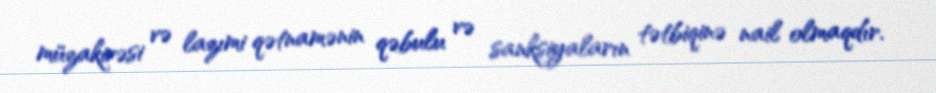
müzakirəsi və lazımi qətnamənin qəbulu və sanksiyaların tətbiqinə nail olmaqdır.